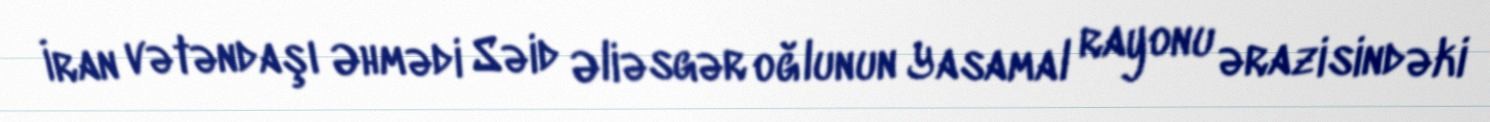
İran vətəndaşı Əhmədi Səid Əliəsgər oğlunun Yasamal rayonu ərazisindəki